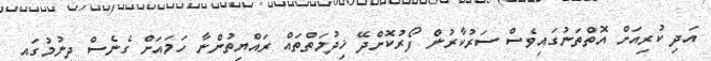
އަދި ކުރިއަށް އޮތްތަނުގައިވެސް ސަރުކާރުން ފޯރުކޮށްދޭ ޚިދުމަތްތައް ރައްޔިތުންނާ ހަމައަށް ގެނެސް ދިނުމުގައި